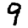
Digit: 9